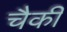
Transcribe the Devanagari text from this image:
चैकी